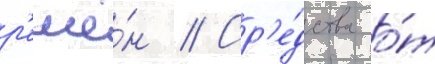
р'ешё́н // Ср'е́дства о́т